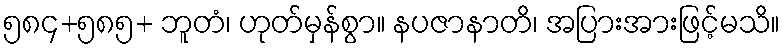
၅၈၄+၅၈၅+ ဘူတံ၊ ဟုတ်မှန်စွာ။ နပဇာနာတိ၊ အပြားအားဖြင့်မသိ။